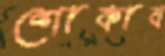
শোকাব